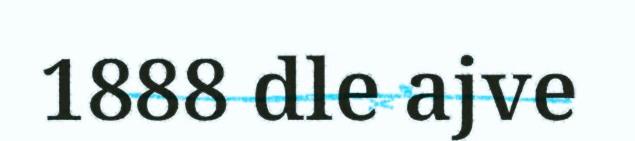
1888 dle ajve